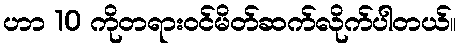
ဟာ 10 ကိုတရားဝင်မိတ်ဆက်လိုက်ပါတယ်။